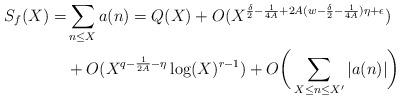
LaTeX: \begin{align*} S_f(X) =& \sum_{n\leq X} a(n) = Q(X) + O(X^{\frac{\delta}{2}-\frac{1}{4A}+2A(w-\frac{\delta}{2}-\frac{1}{4A})\eta + \epsilon}) \\ & + O(X^{q-\frac{1}{2A}-\eta}\log(X)^{r-1})+O\bigg( \sum_{X \leq n \leq X'} |a(n)| \bigg) \end{align*}